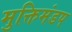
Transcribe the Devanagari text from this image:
मुक्तिमंडप